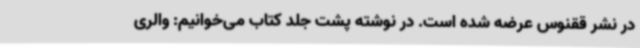
در نشر ققنوس عرضه شده است. در نوشته پشت جلد کتاب می‌خوانیم: والری